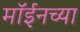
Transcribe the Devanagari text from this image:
मॉईनच्या